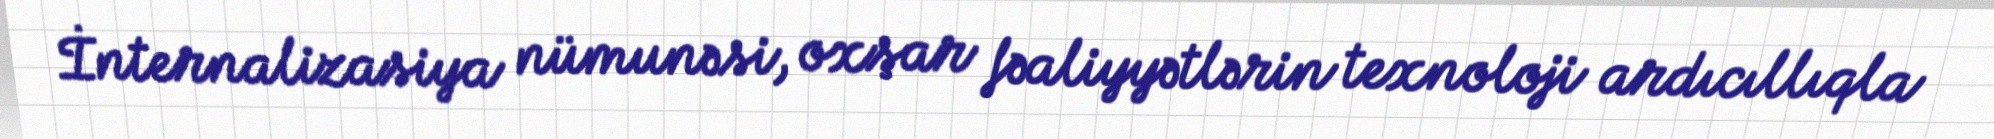
İnternalizasiya nümunəsi, oxşar fəaliyyətlərin texnoloji ardıcıllıqla